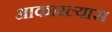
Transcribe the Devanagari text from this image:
आकारल्यास